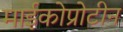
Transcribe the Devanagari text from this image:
माईकोप्रोटीन